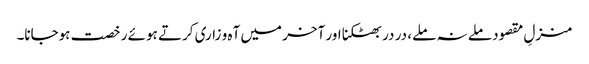
منزلِ مقصود ملے نہ ملے، در در بھٹکنا اور آخر میں آہ و زاری کرتے ہوئے رخصت ہوجانا۔